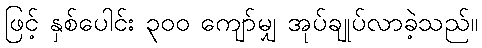
ဖြင့် နှစ်ပေါင်း ၃၀၀ ကျော်မျှ အုပ်ချုပ်လာခဲ့သည်။